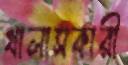
খালাসকারী